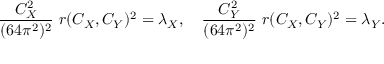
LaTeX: { \frac { C _ { X } ^ { 2 } } { ( 6 4 \pi ^ { 2 } ) ^ { 2 } } } \ r ( C _ { X } , C _ { Y } ) ^ { 2 } = \lambda _ { X } , \quad { \frac { C _ { Y } ^ { 2 } } { ( 6 4 \pi ^ { 2 } ) ^ { 2 } } } \ r ( C _ { X } , C _ { Y } ) ^ { 2 } = \lambda _ { Y } .